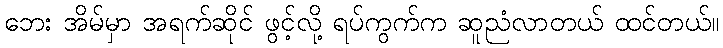
ဘေး အိမ်မှာ အရက်ဆိုင် ဖွင့်လို့ ရပ်ကွက်က ဆူညံလာတယ် ထင်တယ်။